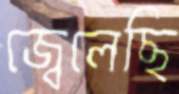
জ্বেলেছি